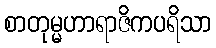
စာတုမ္မဟာရာဇိကပရိသာ